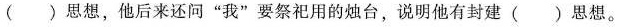
(）思想，他后来还问“我”要祭祀用的烛台，说明他有封建（）思想。